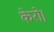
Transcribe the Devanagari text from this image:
केरो।